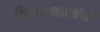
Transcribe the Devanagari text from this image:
विज्ञानासंबंधी